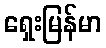
ရှေးမြန်မာ